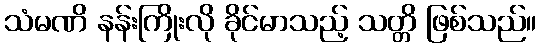
သံမဏိ နန်းကြိုးလို ခိုင်မာသည့် သတ္တိ ဖြစ်သည်။